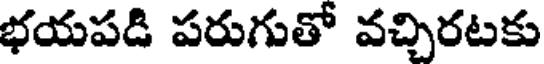
భయపడి పరుగుతో వచ్చిరటకు